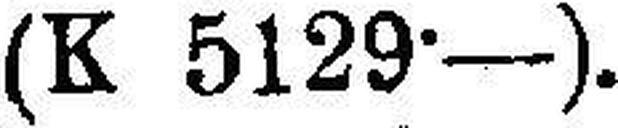
(K 5129·—).